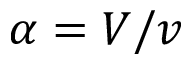
\alpha = V / v